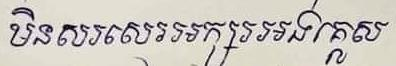
មិនសរសេរអក្សរអង់គ្លេស